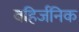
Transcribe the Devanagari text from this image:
बहिर्जनिक